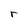
Character: r